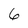
Character: 6